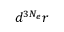
d ^ { 3 N _ { e } } r